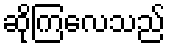
ဆိုကြလေသည်